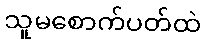
သူမစောက်ပတ်ထဲ